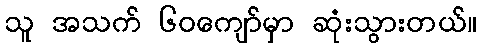
သူ အသက် ၆၀ကျော်မှာ ဆုံးသွားတယ်။